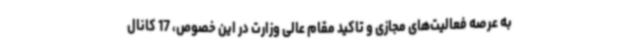
به عرصه فعالیت‌های مجازی و تاکید مقام عالی وزارت در این خصوص، 17 کانال